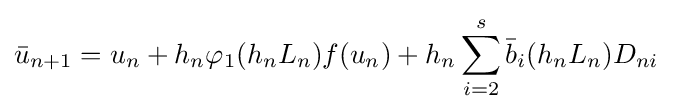
{\bar {u}}_{n+1}=u_{n}+h_{n}\varphi _{1}(h_{n}L_{n})f(u_{n})+h_{n}\sum _{i=2}^{s}{\bar {b}}_{i}(h_{n}L_{n})D_{ni}